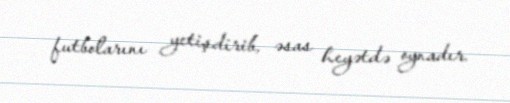
futbolarını yetişdirib, əsas heyətdə oynadır.